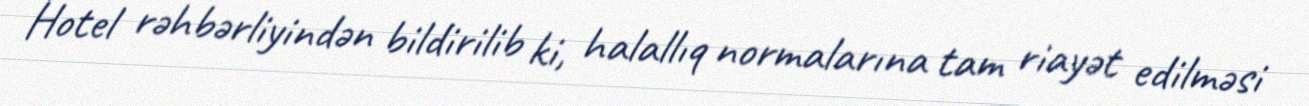
Hotel rəhbərliyindən bildirilib ki, halallıq normalarına tam riayət edilməsi